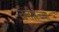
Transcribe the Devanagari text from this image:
बत्तीस्च्या